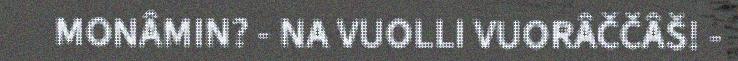
MONÂMIN? - NA VUOLLI VUORÂČČÂŠ! -